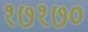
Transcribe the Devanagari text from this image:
१७१७०